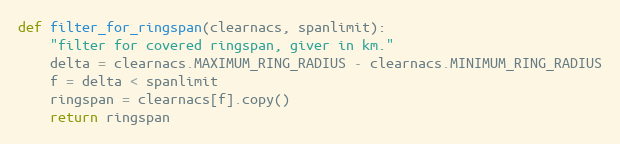
Language: Python
def filter_for_ringspan(clearnacs, spanlimit):
    "filter for covered ringspan, giver in km."
    delta = clearnacs.MAXIMUM_RING_RADIUS - clearnacs.MINIMUM_RING_RADIUS
    f = delta < spanlimit
    ringspan = clearnacs[f].copy()
    return ringspan